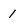
Character: 1